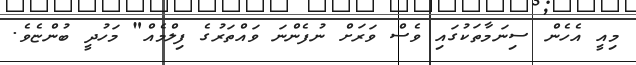
މިއީ އެހެން ސިނަމާތަކުގައި ވެސް ވަރަށް ނުފެންނަ ވައްތަރުގެ ފިލްމެއް" މަހުދީ ބުންޏެވެ.